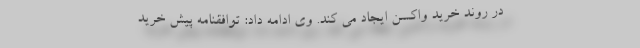
در روند خرید واکسن ایجاد می کند. وی ادامه داد: توافقنامه پیش خرید